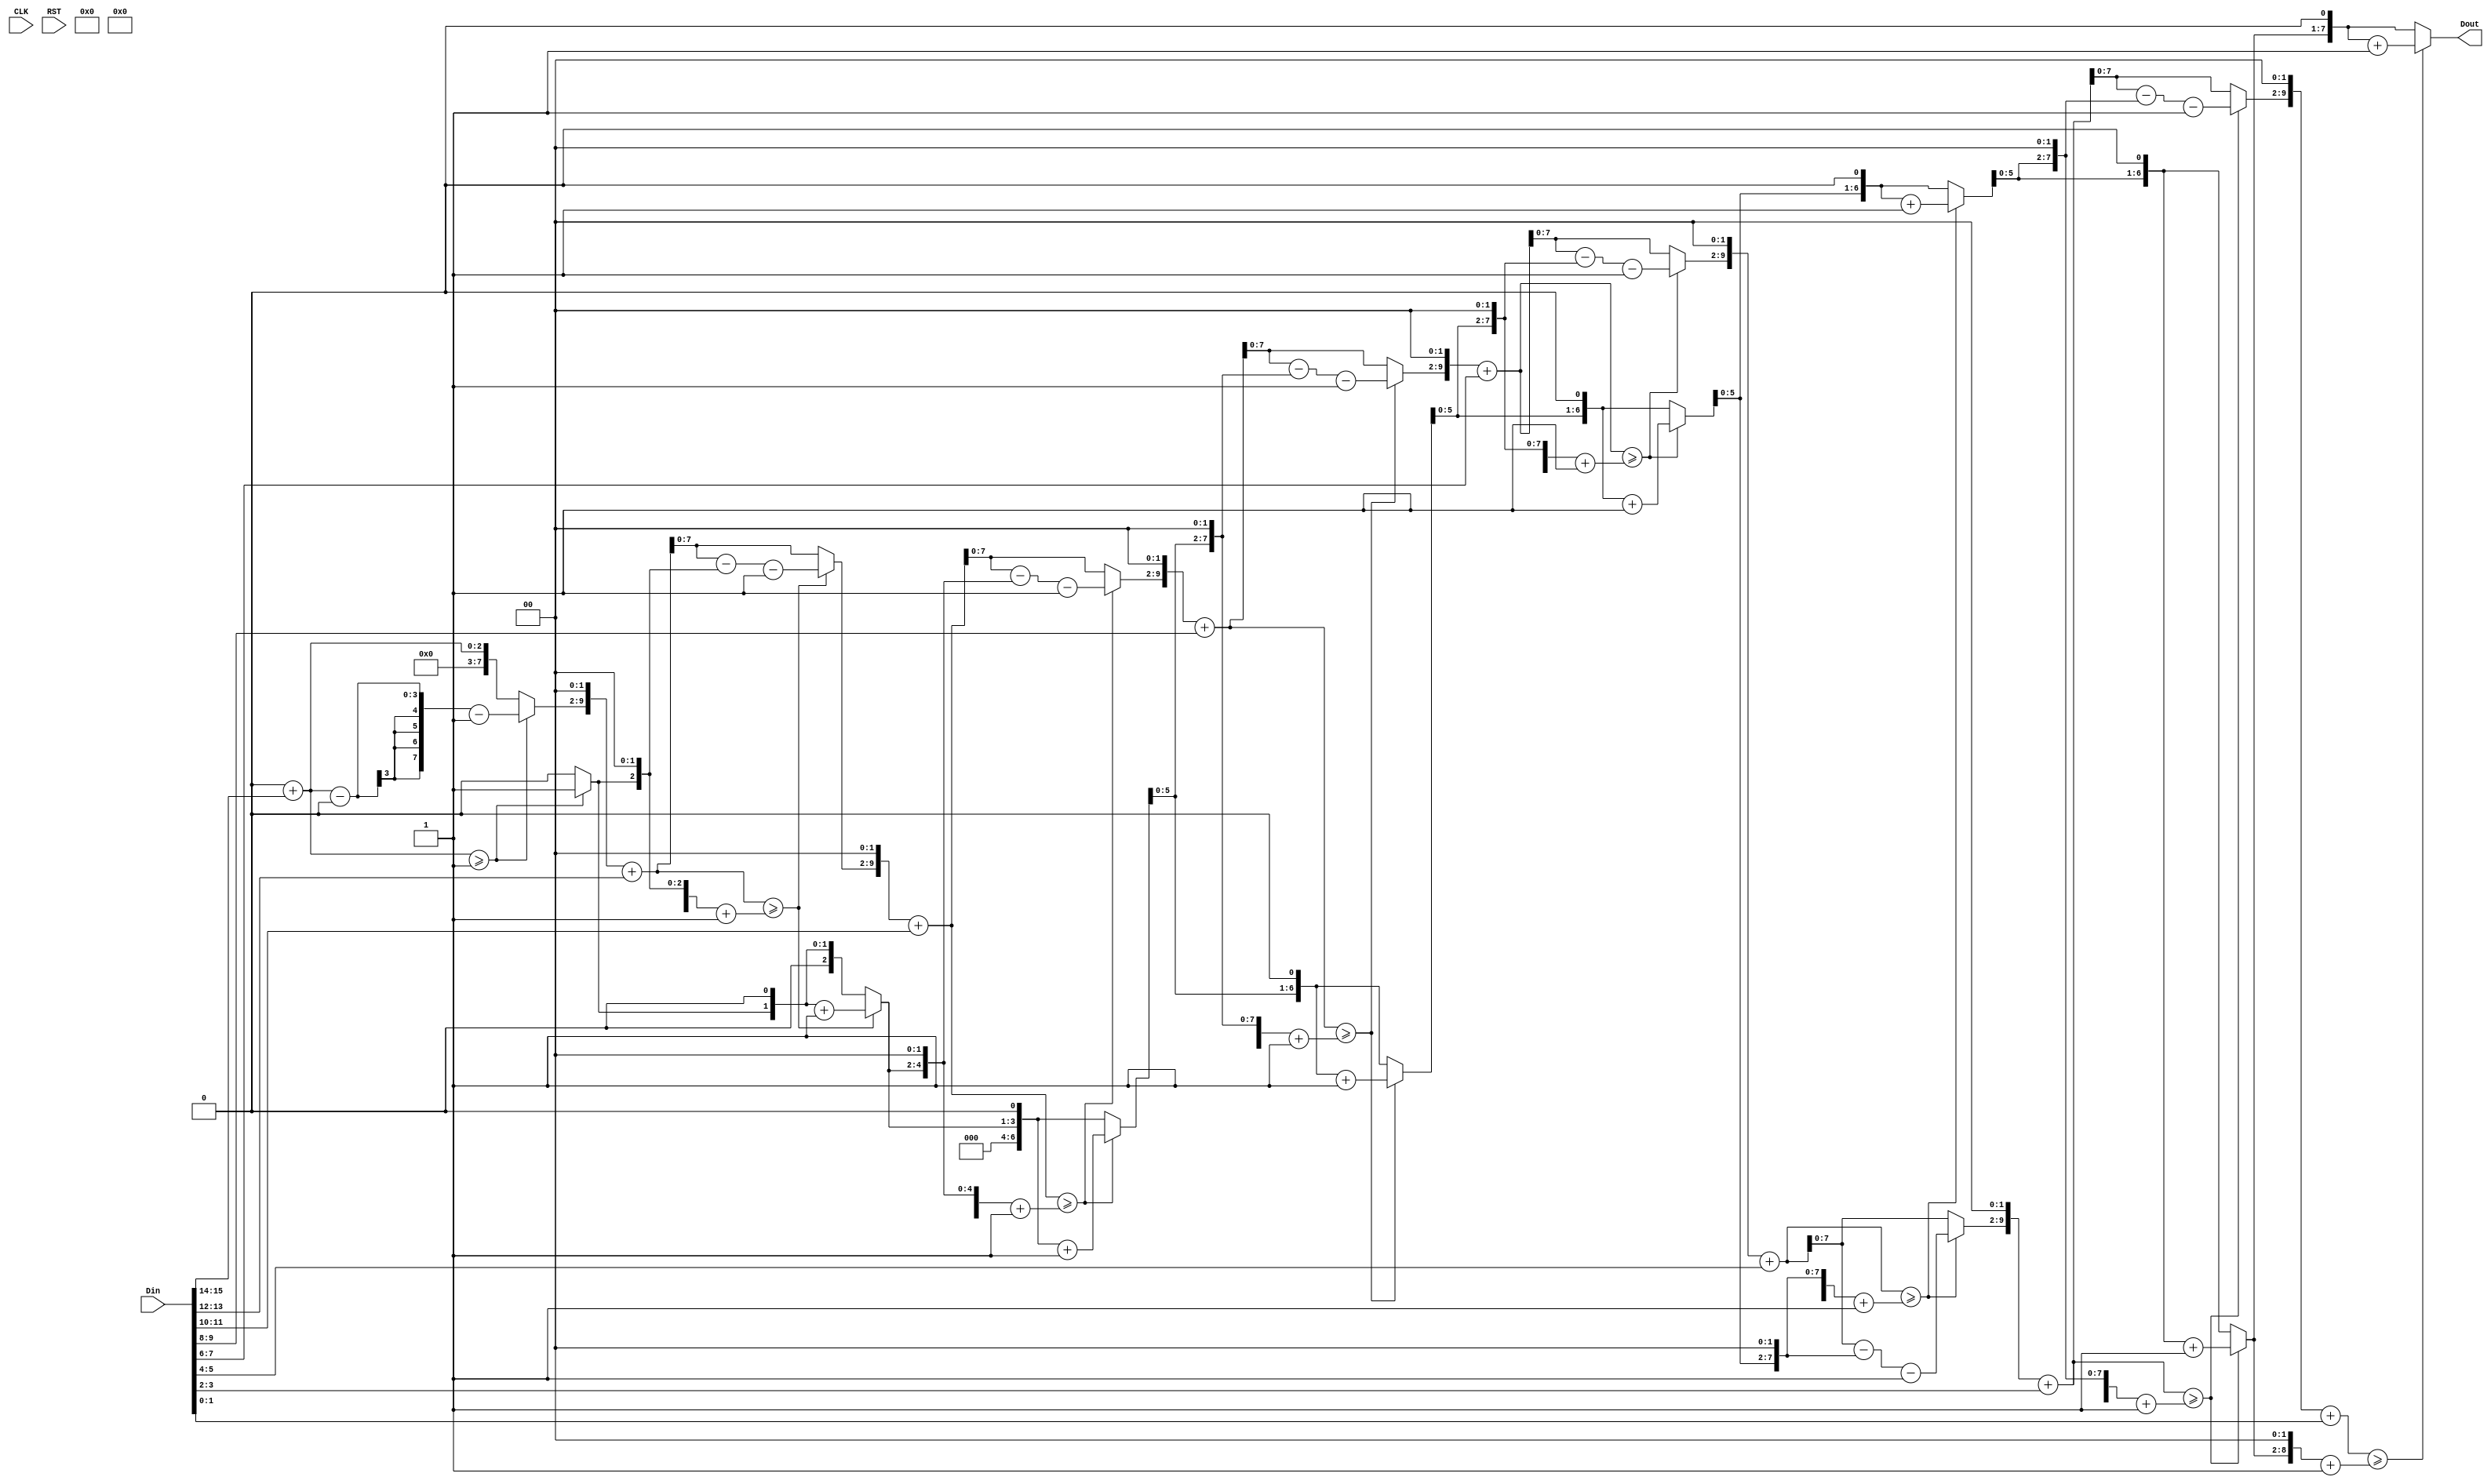
module squareroot(
    input CLK,
    input RST,
    input[15:0] Din,
    output[7:0] Dout);

    assign Dout = InvSqrt(Din);

    function [7:0] InvSqrt;
        input[15:0] Data;
        reg[7:0] square;
        reg[9:0] square_shift2;
        reg[9:0] remainer;
        
        integer i;
        begin
            //$display("Data_in %h", Data);

            //pq = 4p^2+4pq+q^2
            //for binary p q are always 0 or 1;
            //pq- 4p^2 then the remainer is always 4pq+q^2
            // spilit the value by two bits and compute each time with the remainer
            //just compair the remainer and 4pq+q^2 if greater the bit should be 1;
            square = 0;
            remainer = 0;
            square_shift2 = 0;
            for(i = 0; i < 8; i = i+1) begin
                remainer = remainer << 2;
                remainer = remainer + Data[15:14];

                square = square << 1;  //to store next value square << by 1
                square_shift2 = square << 1;  
                Data = Data << 2;
                $display("N:%d, %d %d", square, remainer, square_shift2);
                if(remainer >= square_shift2 + 1) begin   // assume q=1 and 4pq+q^2 becomes 4p+1
                    remainer = remainer - square_shift2 - 1;
                    square  = square + 1; // remainer is greater then the bit is one
                end
            end
            $display("Data_out %h, %d", square,square);
            InvSqrt = square;
        end

    endfunction
endmodule